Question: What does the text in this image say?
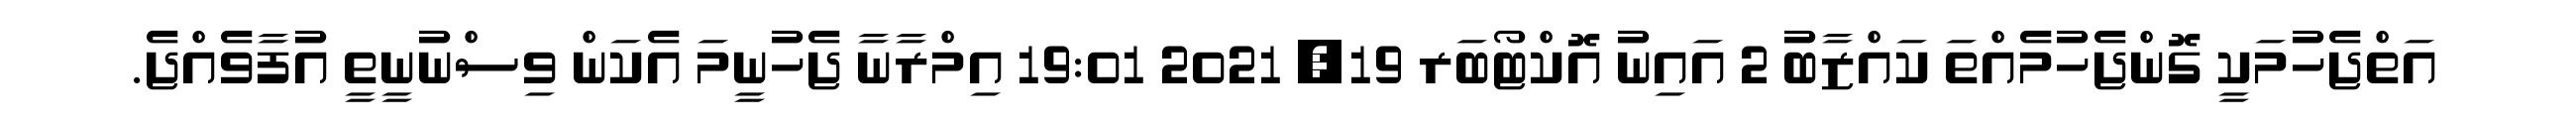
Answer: އަތްޖެހުމަކީ ގޮންޖެހުމެއްތަ ކައްޒާބު 2 އައިނު އޮކްޓޯބަރ 19, 2021 19:01 އިމްރާނާ ޖެހުނީމަ އެކަން ވިސްނުނީތީ އުފާވެއްޖެ.